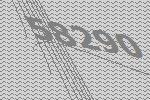
58290